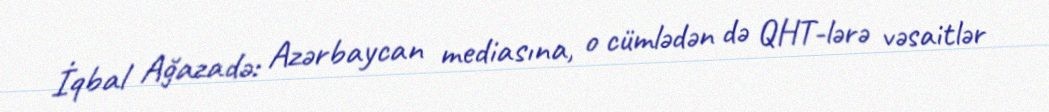
İqbal Ağazadə: Azərbaycan mediasına, o cümlədən də QHT-lərə vəsaitlər